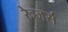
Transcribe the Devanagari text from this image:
रेञ्जर्स